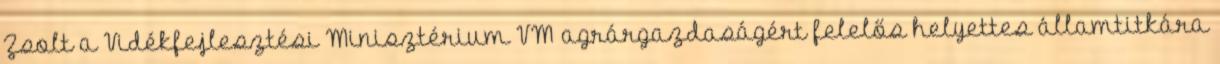
Zsolt a Vidékfejlesztési Minisztérium VM agrárgazdaságért felelős helyettes államtitkára